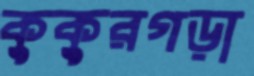
কুকুরগড়া